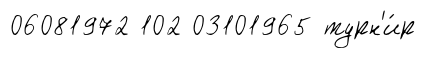
06081972 102 03101965 турн'и́р